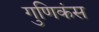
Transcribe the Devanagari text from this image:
गुणिकंस